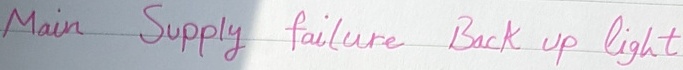
Text: Main Supply failure Back up light